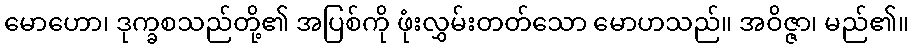
မောဟော၊ ဒုက္ခစသည်တို့၏ အပြစ်ကို ဖုံးလွှမ်းတတ်သော မောဟသည်။ အဝိဇ္ဇာ၊ မည်၏။